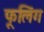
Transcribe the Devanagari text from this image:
फूलिंग